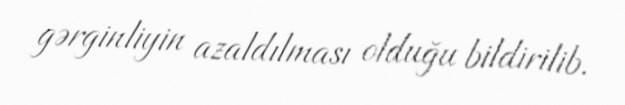
gərginliyin azaldılması olduğu bildirilib.